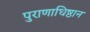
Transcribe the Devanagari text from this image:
पुराणाधिष्ठान